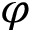
\varphi